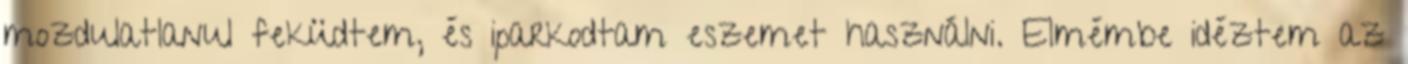
mozdulatlanul feküdtem, és iparkodtam eszemet használni. Elmémbe idéztem az